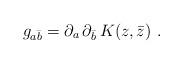
LaTeX: \begin{align*}g_{a\bar{b}} = \partial_a\,\partial_{\bar{b}}\,K(z,\bar{z})\ .\end{align*}